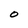
Character: O